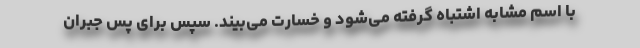
با اسم مشابه اشتباه گرفته می‌شود و خسارت می‌بیند. سپس برای پس جبران